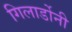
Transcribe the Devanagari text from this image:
गिलार्डोनी